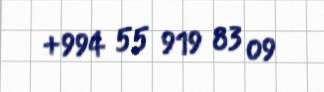
+994 55 919 83 09